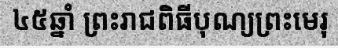
៤៥ឆ្នាំ ព្រះរាជពិធីបុណ្យព្រះមេរុ